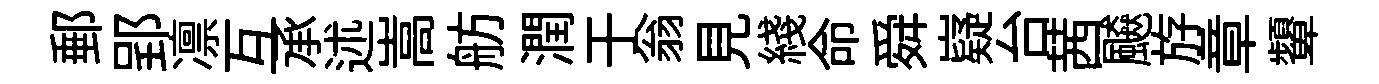
郵郢凛互承述嵩舫潤于翁見綫命舜嶷台茜飇斿章顰